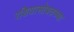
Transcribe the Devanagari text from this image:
रशियासोबतच्या